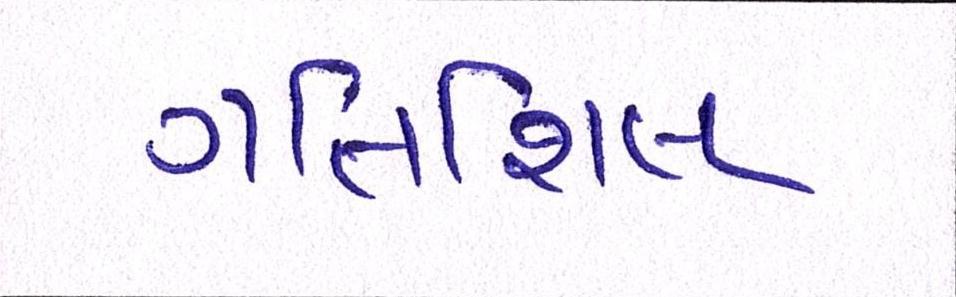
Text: ગતિશિલ